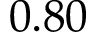
0 . 8 0